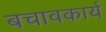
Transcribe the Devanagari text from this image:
बचावकार्य